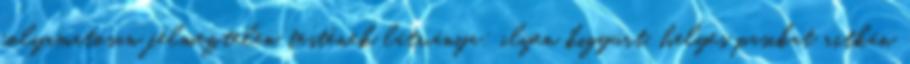
folyamatosan félmeztelen testének látványa: ilyen kigyúrt, helyes pasikat ritkán